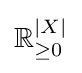
\mathbb {R} _{\geq 0}^{|X|}